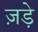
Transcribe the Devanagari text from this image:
ज़ड़े